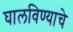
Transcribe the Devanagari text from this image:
घालविण्याचे